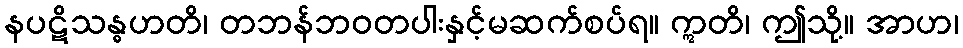
နပဋိသန္ဓဟတိ၊ တဘန်ဘဝတပါးနှင့်မဆက်စပ်ရ။ ဣတိ၊ ဤသို့။ အာဟ၊